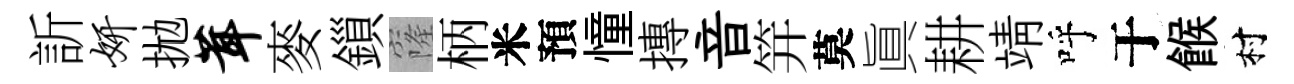
訢妍拋茸麥鎻窿柄米預憧摶音笄莫眞耕靖呼于餱村